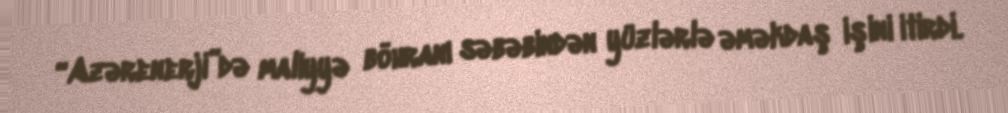
“Azərenerji”də maliyyə böhranı səbəbindən yüzlərlə əməkdaş işini itirdi.